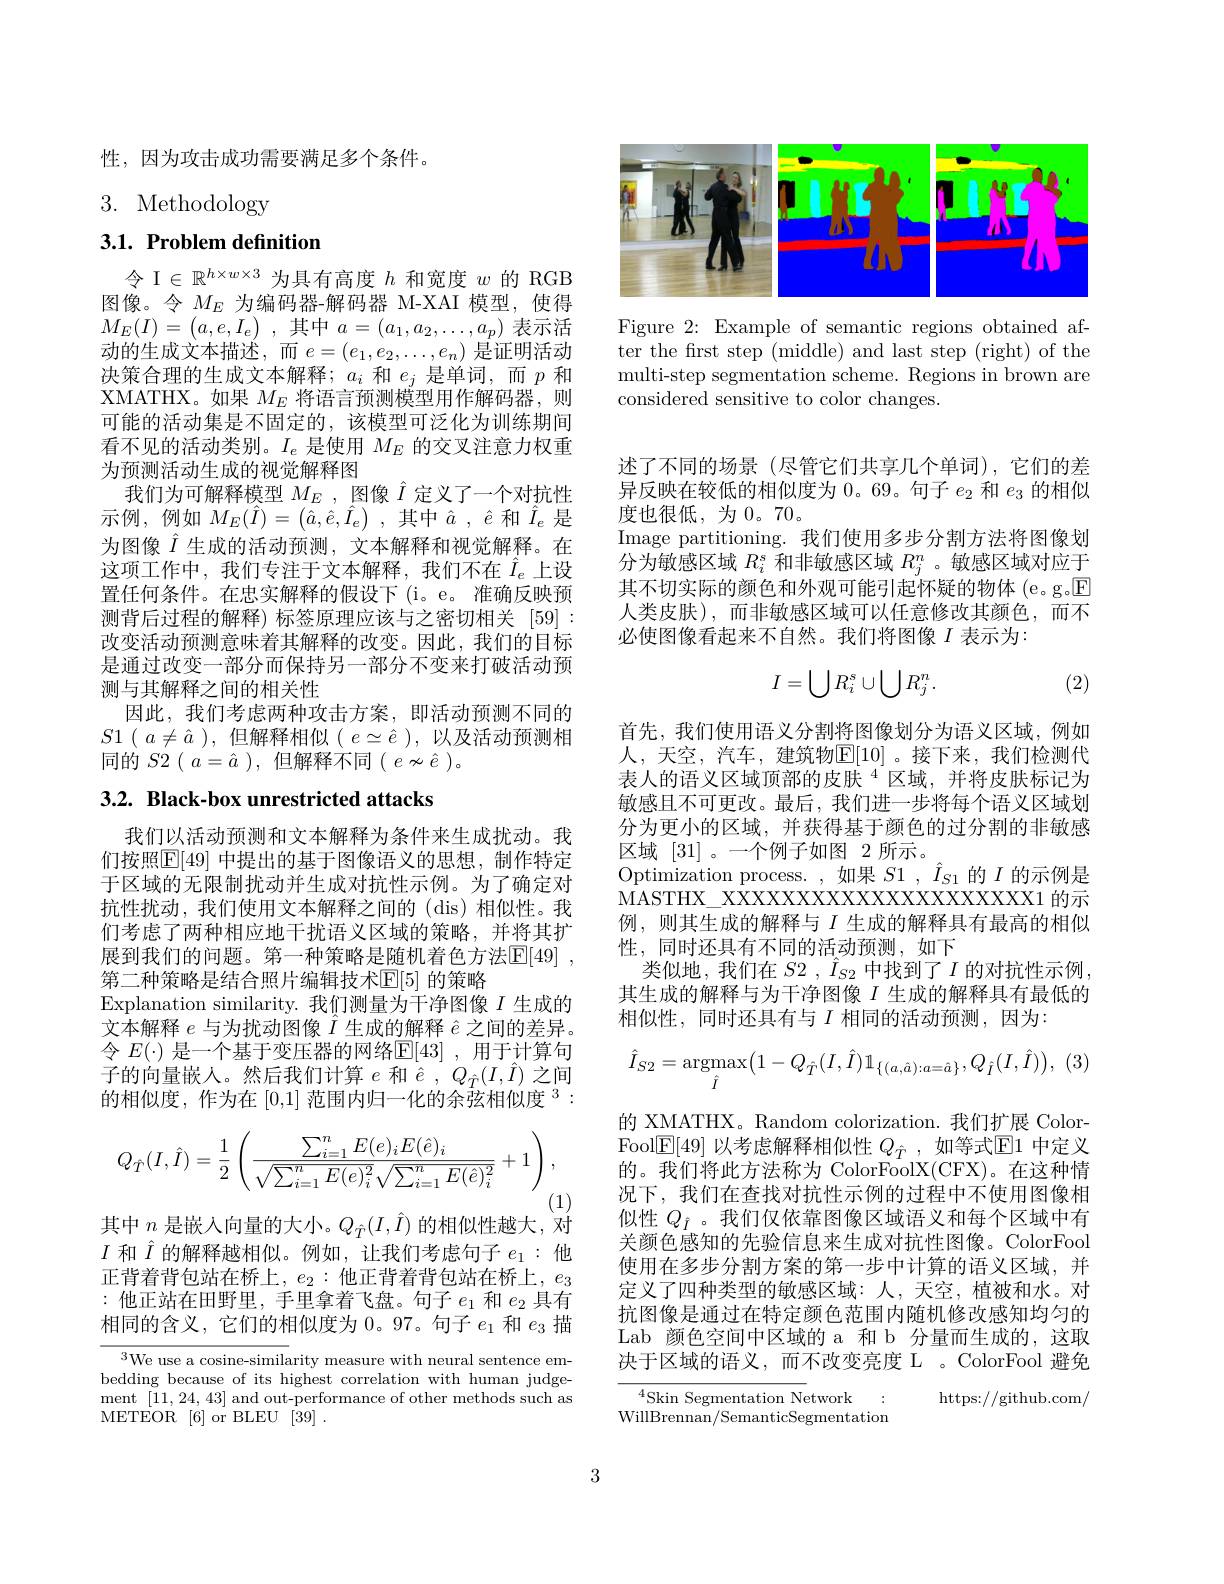
性，因为攻击成功需要满足多个条件。

3. Methodology

3.1. Problem definition

令 I$\in\mathbb{R}^h\times w\times3$为具有高度$h$和宽度$w$的 RGB 图像。令$M_E$为编码器-解码器 M-XAI 模型，使得$M_{E}( I) = \begin{pmatrix} a, e, I_{e}\end{pmatrix}$ , 其中$a= ( a_1, a_2, \ldots , a_p)$ 表示活动的生成文本描述，而$e=(e_1,e_2,\ldots,e_n)$是证明活动决策合理的生成文本解释；$a_i$和$e_j$是单词，而$p$和XMATHX。如果$M_E$将语言预测模型用作解码器，则可能的活动集是不固定的，该模型可泛化为训练期间看不见的活动类别。$I_e$是使用$M_E$的交叉注意力权重为预测活动生成的视觉解释图
我们为可解释模型$M_E$ , 图像$\hat{I}$定义了一个对抗性示例，例如$M_E(\hat{I})=\left(\hat{a},\hat{e},\hat{I}_{e}\right)$,其中$\hat{a},\hat{e}$和$\hat{I}_{e}$是为图像$\hat{I}$生成的活动预测，文本解释和视觉解释。在这项工作中，我们专注于文本解释，我们不在$\hat{I}_e$上设置任何条件。在忠实解释的假设下 (i。e。准确反映预测背后过程的解释) 标签原理应该与之密切相关[59]: 改变活动预测意味着其解释的改变。因此，我们的目标是通过改变一部分而保持另一部分不变来打破活动预测与其解释之间的相关性
因此，我们考虑两种攻击方案，即活动预测不同的$S1$ ( $a\neq \hat{a}$ ), 但解释相似( $e\simeq \hat{e}$ ),以及活动预测相同的 $S2(a=\hat{a})$, 但解释不同$(e\nsim\hat{e})$。

# 3.2. Black-box unrestricted attacks

我们以活动预测和文本解释为条件来生成扰动。我们按照$\mathbb{E}[49]$ 中提出的基于图像语义的思想，制作特定于区域的无限制扰动并生成对抗性示例。为了确定对抗性扰动，我们使用文本解释之间的(dis)相似性。我们考虑了两种相应地干扰语义区域的策略，并将其扩展到我们的问题。第一种策略是随机着色方法$\mathbb{E} [ 49]$ , 第二种策略是结合照片编辑技术$\mathbb{E}[5]$ 的策略
Explanation similarity. 我们测量为干净图像$I$生成的文本解释$e$与为扰动图像$\hat{I}$生成的解释$\hat{e}$之间的差异。令 $E(\cdot)$ 是一个基于变压器的网络$\mathbb{E}[43]$ ,用于计算句子的向量嵌人。然后我们计算$e$和$\hat{e},Q_{\hat{T}}(I,\hat{I})$之间的相似度，作为在[0,1]范围内归一化的余弦相似度$^3:$
$$Q_{\hat{T}}(I,\hat{I})=\frac{1}{2}\left(\frac{\sum_{i=1}^{n}E(e)_{i}E(\hat{e})_{i}}{\sqrt{\sum_{i=1}^{n}E(e)_{i}^{2}}\sqrt{\sum_{i=1}^{n}E(\hat{e})_{i}^{2}}}+1\right),$$
(1)
其中$n$是嵌入向量的大小。$Q_{\hat{T}}(I,\hat{I})$的相似性越大，对

$I$和$\hat{I}$的解释越相似。例如，让我们考虑句子$e_1:$他正背着背包站在桥上，$e_2:$他正背着背包站在桥上，$e_3$ :他正站在田野里，手里拿着飞盘。句子$e_1$和$e_2$具有相同的含义，它们的相似度为0。97。句子$e_1$和$e_3$描

$^{3}$We use a cosine-similarity measure with neural sentence embedding because of its highest correlation with human judgement [11,24,43] and out-performance of other methods such as METEOR [6]or BLEU [39] .

<FigureHere>

Figure 2: Example of semantic regions obtained after the first step (middle) and last step (right) of the multi-step segmentation scheme. Regions in brown are considered sensitive to color changes.

述了不同的场景 (尽管它们共享几个单词),它们的差异反映在较低的相似度为 0。69。句子$e_2$和$e_3$的相似度也很低，为0。70。
Image partitioning. 我们使用多步分割方法将图像划分为敏感区域$R_i^s$和非敏感区域$R_j^n$ 。敏感区域对应于其不切实际的颜色和外观可能引起怀疑的物体 (e。g.$\boxed{\mathrm{F}}$ 人类皮肤),而非敏感区域可以任意修改其颜色，而不必使图像看起来不自然。我们将图像$I$表示为：
$$I=\bigcup R_i^s\cup\bigcup R_j^n.$$
(2)

首先，我们使用语义分割将图像划分为语义区域，例如人，天空，汽车，建筑物$\mathbb{E}[10]$。接下来，我们检测代表人的语义区域顶部的皮肤“区域，并将皮肤标记为敏感且不可更改。最后，我们进一步将每个语义区域划分为更小的区域，并获得基于颜色的过分割的非敏感区域[31] 。一个例子如图 2 所示。
Optimization process. ,如果$S1,\hat{I}_{S1}$的$I$的示例是MASTHX\_ XXXXXXXXXXXXXXXXXXXX1 的示例，则其生成的解释与$I$生成的解释具有最高的相似性，同时还具有不同的活动预测，如下
类似地，我们在$S2,\hat{I}_{S2}$中找到了$I$的对抗性示例， 其生成的解释与为干净图像$I$生成的解释具有最低的相似性，同时还具有与$I$相同的活动预测，因为：
$$\hat{I}_{S2}=\underset{\hat{I}}{\mathrm{argmax}}\big(1-Q_{\hat{T}}(I,\hat{I})\mathbb{1}_{\{(a,\hat{a}):a=\hat{a}\}},Q_{\hat{I}}(I,\hat{I})\big),$$
的 XMATHX。Random colorization. 我们扩展 Color- $\operatorname{Fool}[\underline{\mathrm{E}}[49]$以考虑解释相似性$Q_{\hat{T}}$,如等式$\mathbb{E}1$中定义的。我们将此方法称为 ColorFoolX(CFX)。在这种情况下，我们在查找对抗性示例的过程中不使用图像相似性$Q_{\hat{I}}$ 。我们仅依靠图像区域语义和每个区域中有关颜色感知的先验信息来生成对抗性图像。ColorFool 使用在多步分割方案的第一步中计算的语义区域，并定义了四种类型的敏感区域：人，天空，植被和水。对抗图像是通过在特定颜色范围内随机修改感知均匀的Lab 颜色空间中区域的 a 和 b 分量而生成的，这取决于区域的语义，而不改变亮度 L 。ColorFool 避免
$^{4}$Skin Segmentation Network
https://github.com/

WillBrennan/SemanticSegmentation

3